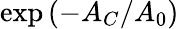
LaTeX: \mathrm{exp}\left(-A_{C}/A_{0}\right)